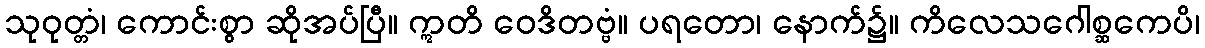
သုဝုတ္တံ၊ ကောင်းစွာ ဆိုအပ်ပြီ။ ဣတိ ဝေဒိတဗ္ဗံ။ ပရတော၊ နောက်၌။ ကိလေသဂေါစ္ဆကေပိ၊